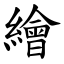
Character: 繪